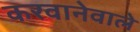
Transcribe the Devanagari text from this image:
करवानेवाले